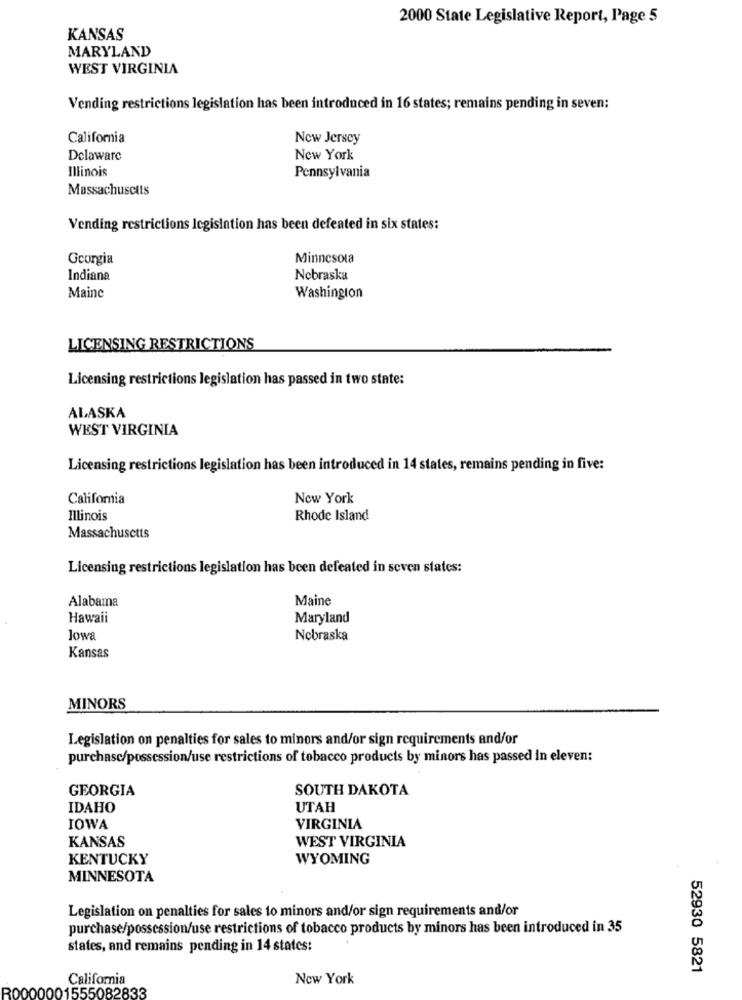
2000 State Legislative Report, Page 5
KANSAS
MARYLAND
WEST VIRGINIA
Vending restrictions legislation has been introduced in 16 states; remains pending in seven:
California
New Jersey
Delaware
New York
Illinois
Pennsylvania
Massachusetts
Vending restrictions legislation has been defeated in six states:
Georgia
Minnesota
Indiana
Nebraska
Maine
Washington
LICENSING RESTRICTIONS
Licensing restrictions legislation has passed in two state:
ALASKA
WEST VIRGINIA
Licensing restrictions legislation has been introduced in 14 states, remains pending in five:
California
New York
Illinois
Rhode Island
Massachusetts
Licensing restrictions legislation has been defeated in seven states:
Alabama
Maine
Hawaii
Maryland
lowa
Nebraska
Kansas
MINORS
Legislation on penalties for sales to minors and/or sign requirements and/or
purchasc/possession/use restrictions of tobacco products by minors has passed in eleven:
GEORGIA
SOUTH DAKOTA
IDAHO
UTAH
IOWA
VIRGINIA
KANSAS
WEST VIRGINIA
KENTUCKY
WYOMING
MINNESOTA
Legislation on penalties for sales to minors and/or sign requirements and/or
purchase/possession/use restrictions of tobacco products by minors has been introduced in 35
states, and remains pending in 14 states:
52930 5821
California
New York
R0000001555082833